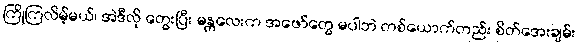
ကြိုကြလိမ့်မယ်၊ အဲဒီလို တွေးပြီး မန္တလေးက အဖော်တွေ မပါဘဲ တစ်ယောက်တည်း စိတ်အေးချမ်း